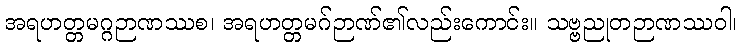
အရဟတ္တမဂ္ဂဉာဏဿစ၊ အရဟတ္တမဂ်ဉာဏ်၏လည်းကောင်း။ သဗ္ဗညုတဉာဏဿဝါ၊